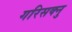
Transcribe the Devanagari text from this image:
गरिसक्नु